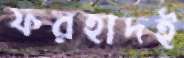
ফরহাদই